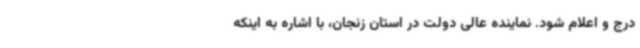
درج و اعلام شود. نماینده عالی دولت در استان زنجان، با اشاره به اینکه